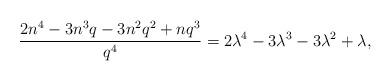
LaTeX: \begin{align*}\frac{2n^4 - 3n^3q -3n^2q^2+ nq^3}{q^4} = 2 \lambda^4 - 3 \lambda^3 - 3 \lambda^2 + \lambda,\end{align*}